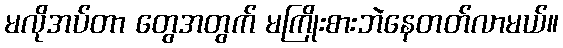
မလိုအပ်တာ တွေအတွက် မကြိုးစားဘဲနေတတ်လာမယ်။